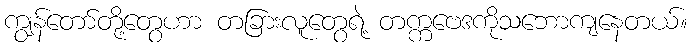
ကျွန်တော်တို့တွေဟာ တခြားလူတွေရဲ့ တက္ကဗေဒကိုသဘောကျနေတယ်။